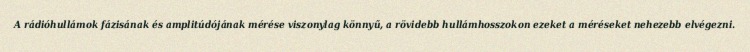
A rádióhullámok fázisának és amplitúdójának mérése viszonylag könnyű, a rövidebb hullámhosszokon ezeket a méréseket nehezebb elvégezni.